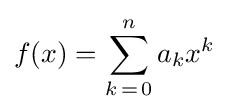
f(x)=\sum _{k\,=\,0}^{n}a_{k}x^{k}